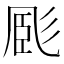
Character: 𢒝